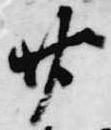
廿